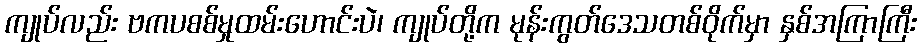
ကျုပ်လည်း ဗကပစစ်မှုထမ်းဟောင်းပဲ၊ ကျုပ်တို့က မုန်းကွတ်ဒေသတစ်ဝိုက်မှာ နှစ်အကြာကြီး